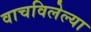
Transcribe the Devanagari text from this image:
वाचविलेल्या